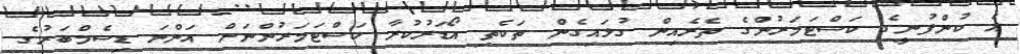
އެ ކުންފުނީގެ ކަސްޓަމަރުންގެ ތެރެއިން ގުޅައިގެން ތަކެތި އޯޑަރުކުރާ ކަސްޓަމަރުންނަށް އަންނަ ޑިސެމްބަރުގެ